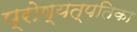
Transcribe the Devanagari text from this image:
प्रोष्यत्पतिका